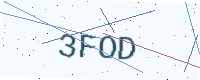
Text: 3FOD